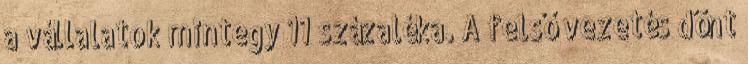
a vállalatok mintegy 11 százaléka. A felső vezetés dönt